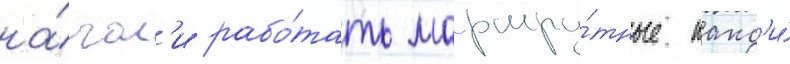
на́чал'и рабо́тать маршру́тные такс'и́